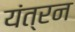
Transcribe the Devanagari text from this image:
यंत्रन